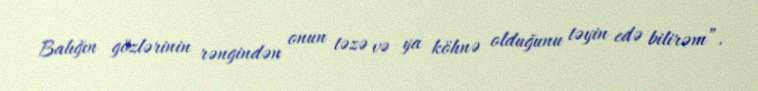
Balığın gözlərinin rəngindən onun təzə və ya köhnə olduğunu təyin edə bilirəm”.